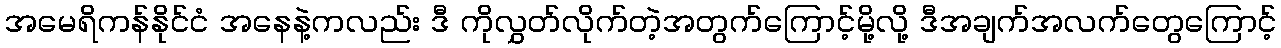
အမေရိကန်နိုင်ငံ အနေနဲ့ကလည်း ဒီ ကိုလွှတ်လိုက်တဲ့အတွက်ကြောင့်မို့လို့ ဒီအချက်အလက်တွေကြောင့်